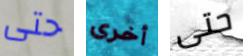
حتى أخرى حتى